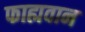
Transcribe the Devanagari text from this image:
फाह्मवान